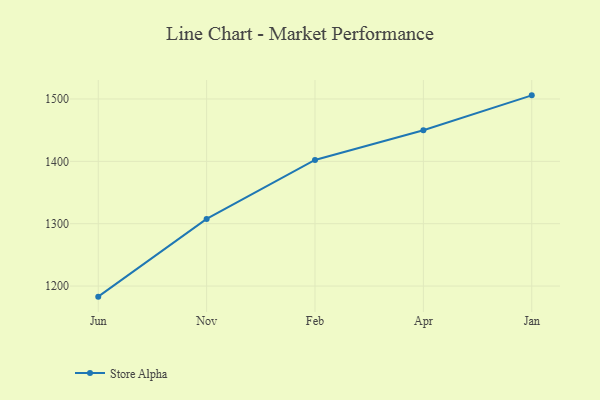
{"axis": {"x": "Month", "y": "Energy Usage (MWh)"}, "legend": ["Store Alpha"], "data": [{"x": "Jun", "y": 1183.0, "type": "Store Alpha"}, {"x": "Nov", "y": 1307.6, "type": "Store Alpha"}, {"x": "Feb", "y": 1402.2, "type": "Store Alpha"}, {"x": "Apr", "y": 1449.9, "type": "Store Alpha"}, {"x": "Jan", "y": 1505.8, "type": "Store Alpha"}]}